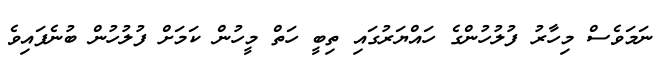
ނަމަވެސް މިހާރު ފުލުހުންގެ ހައްޔަރުގައި ތިބީ ހަތް މީހުން ކަމަށް ފުލުހުން ބުނެފައިވެ